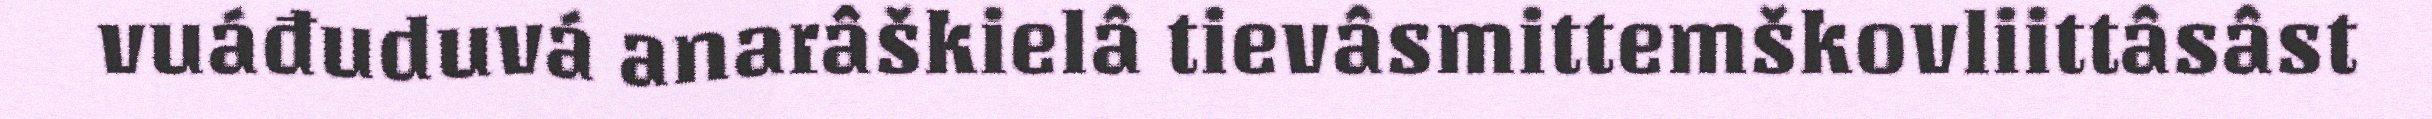
vuáđuduvá anarâškielâ tievâsmittemškovliittâsâst